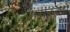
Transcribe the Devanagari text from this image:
आयस्कों